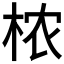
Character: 𬂰